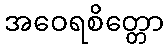
အဝေရစိတ္တော